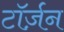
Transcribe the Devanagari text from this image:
टॉर्ज़न